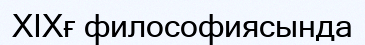
ХІХғ философиясында